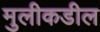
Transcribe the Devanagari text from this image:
मुलीकडील